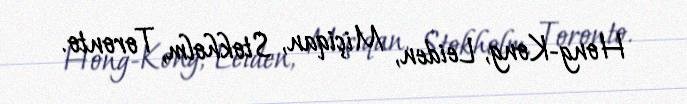
Hong-Kong, Leiden, Miçiqan, Stokholm, Toronto.